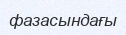
фазасындағы